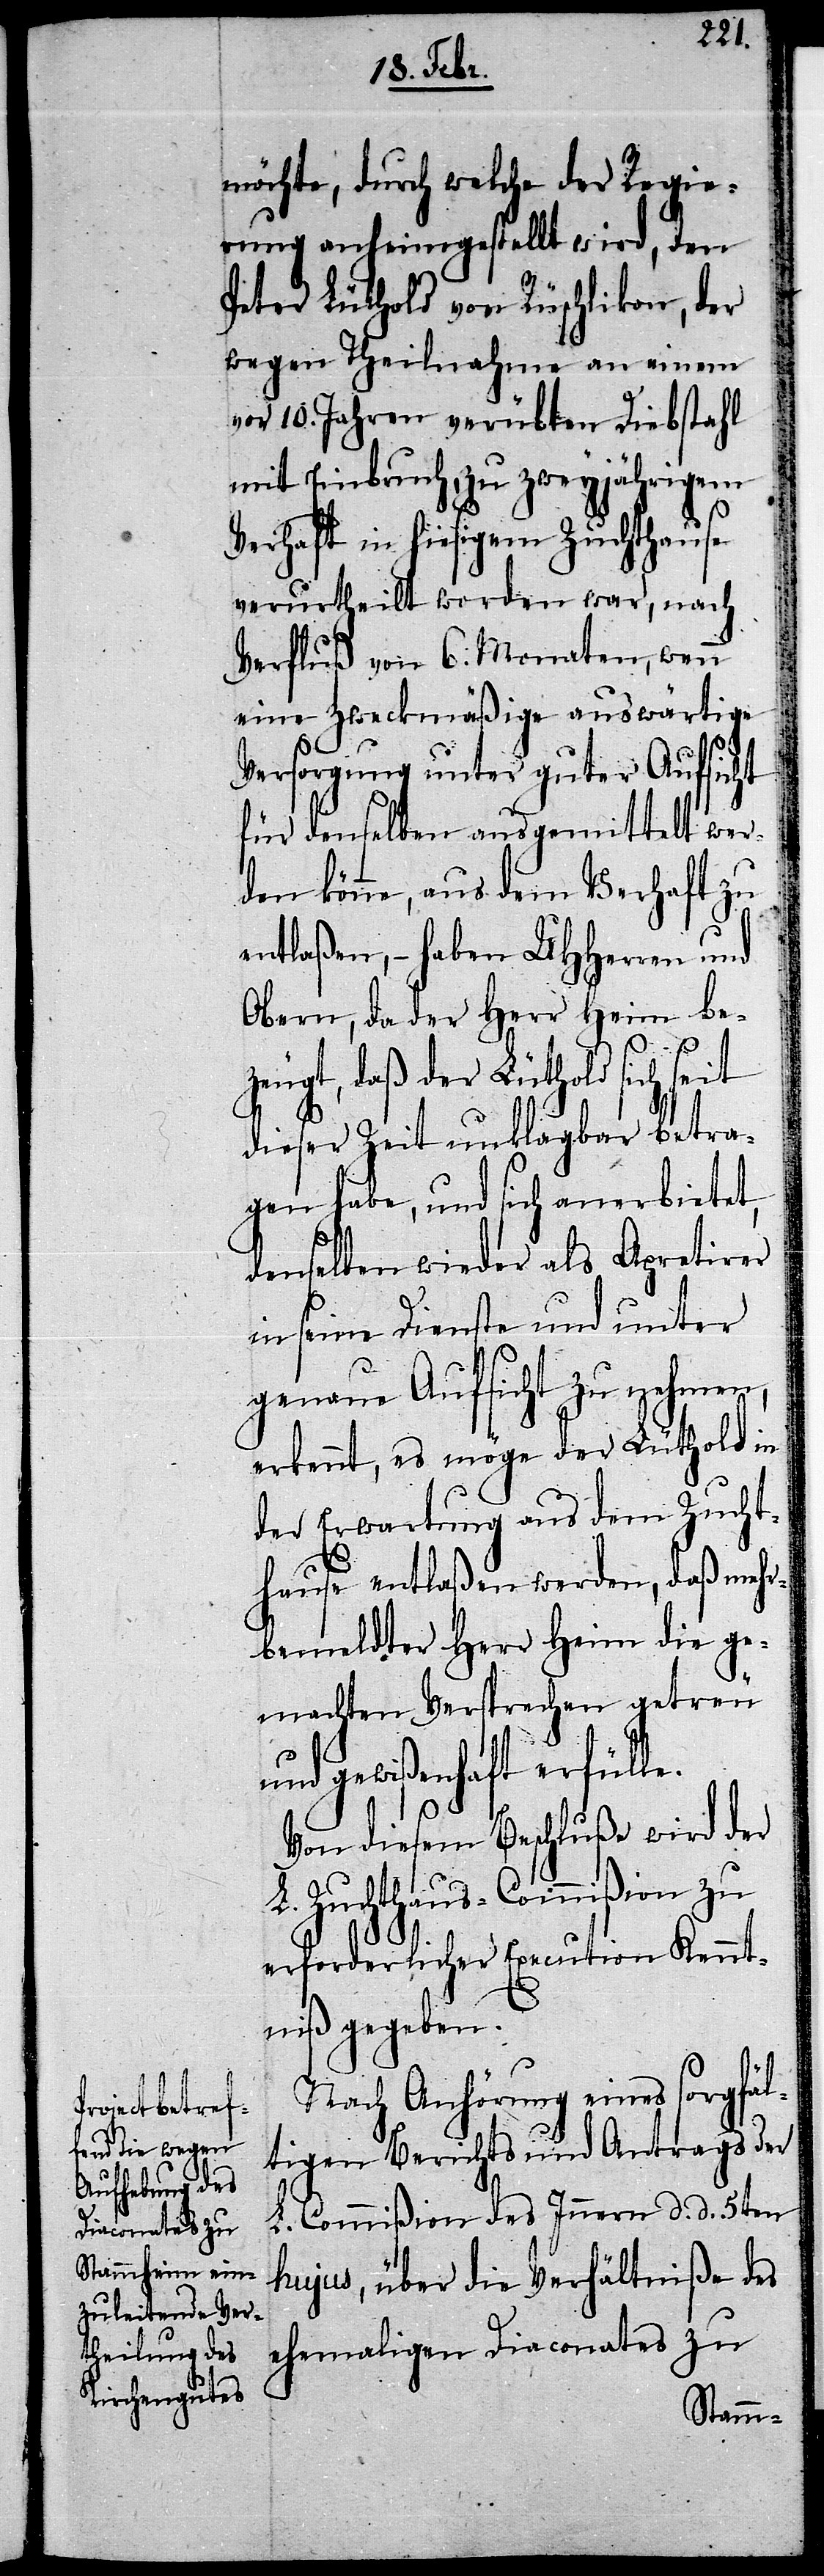
möchte, durch welche der Regie¬
rung anheimgestellt wird, den
Peter Lüthold von Rüschlikon, der
wegen Theilnahme an einem
vor 10. Jahren verübten Diebstahl
mit Einbruch, zu zweyjährigem
Verhaft in hiesigem Zuchthause
verurtheilt worden war, nach
Verfluß von 6. Monaten, wenn
eine zweckmäßige auswärtige
Versorgung unter guter Aufsicht
für denselben ausgemittelt wer¬
den könne, aus dem Verhaft zu
entlaßen, – haben UHHerren und
Obern, da der Herr Heim bez¬
eugt, daß der Lüthold sich seit
dieser Zeit unklagbar betra¬
gen habe, und sich anerbietet,
denselben wieder als Apretirer
in seine Dienste und unter
genaue Aufsicht zu nehmen,
erkennt, es möge der Lüthold in
der Erwartung aus dem Zucht¬
hause entlaßen werden, daß mehr¬
bemeldter Herr Heim die ge¬
machten Versprechen getreu
und gewißenhaft erfülle.
Von diesem Beschluße wird der
Zuchthaus-Commißion zu
erforderlicher Execution Kennt¬
niß gegeben.
Nach Anhörung eines sorgfäl¬
tigen Berichts und Antrags der
L. Commißion des Innern d. d. 5ten
hujus, über die Verhältniße des
ehemaligen Diaconates zu